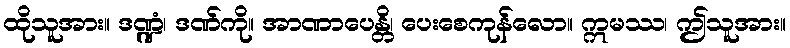
ထိုသူအား။ ဒဏ္ဍံ၊ ဒဏ်ကို။ အာဏာပေန္တိ၊ ပေးစေကုန်လော။ ဣမဿ၊ ဤသူအား။